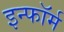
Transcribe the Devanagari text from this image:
इन्फॉर्म